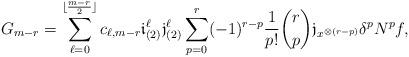
LaTeX: \begin{align*}\begin{aligned}G_{m-r} = \sum\limits_{\ell=0}^{\lfloor \frac{m-r}{2} \rfloor} c_{\ell, m-r} \mathfrak{i}_{(2)}^{\ell} \mathfrak{j}_{(2)}^{\ell} \sum\limits_{p=0}^{r} (-1)^{r-p} \frac{1}{p!} \binom{r}{p} \mathfrak{j}_{x^{\otimes (r-p)}} \delta^{p} N^{p} f,\end{aligned}\end{align*}